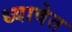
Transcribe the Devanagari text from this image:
ध्यावेत